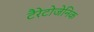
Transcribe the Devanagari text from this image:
टैरेटोजेनिक